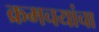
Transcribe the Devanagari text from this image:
क्रमचयांचा